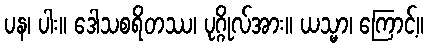
ပန၊ ပါး။ ဒေါသစရိတဿ၊ ပုဂ္ဂိုလ်အား။ ယသ္မာ၊ ကြောင့်။